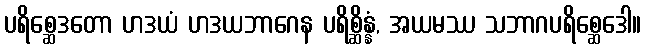
ပရိစ္ဆေဒတော ဟဒယံ ဟဒယဘာဂေန ပရိစ္ဆိန္နံ, အယမဿ သဘာဂပရိစ္ဆေဒေါ။